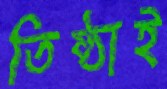
তিষ্ঠাই